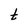
Character: t